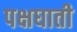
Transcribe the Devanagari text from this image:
पक्षघाती